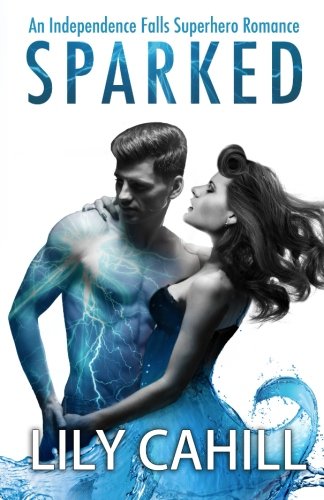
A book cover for Sparked (Independence Falls Superhero Romance) (Volume 1); Lily Cahill; Science Fiction & Fantasy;